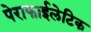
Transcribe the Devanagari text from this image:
पेराफाईलेटिक